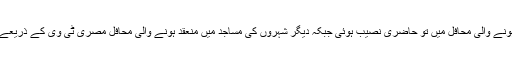
قاہرہ میں رہتے ہوئے مسجد سیدہ زینب، مسجد سیدنا الحسین، مسجد سیدہ نفسیہ اور دیگر مساجد میںمنعقد ہونے والی محافل میں تو حاضری نصیب ہوئی جبکہ دیگر شہروں کی مساجد میں منعقد ہونے والی محافل مصری ٹی وی کے ذریعے دیکھیں یا وہاں پر ہونے والے خطابات قاہرہ ریڈیو کے پروگرام ’’اذاعۃ القرآن الکریم‘‘ کے ذریعے سنے۔